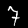
Label: 7